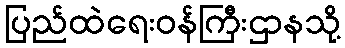
ပြည်ထဲရေးဝန်ကြီးဌာနသို့